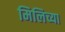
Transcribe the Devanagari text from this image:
मिलिच्या